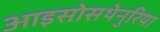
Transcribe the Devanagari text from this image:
आइसोसथेनुरिया